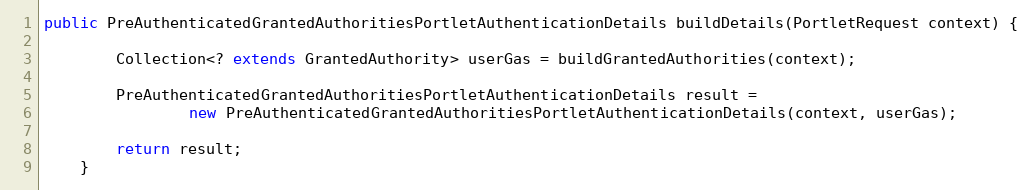
Language: Java
public PreAuthenticatedGrantedAuthoritiesPortletAuthenticationDetails buildDetails(PortletRequest context) {

        Collection<? extends GrantedAuthority> userGas = buildGrantedAuthorities(context);

        PreAuthenticatedGrantedAuthoritiesPortletAuthenticationDetails result =
                new PreAuthenticatedGrantedAuthoritiesPortletAuthenticationDetails(context, userGas);

        return result;
    }